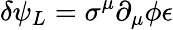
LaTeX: \delta\psi_{L}=\sigma^{\mu}\partial_{\mu}\phi\epsilon